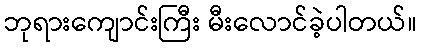
ဘုရားကျောင်းကြီး မီးလောင်ခဲ့ပါတယ်။